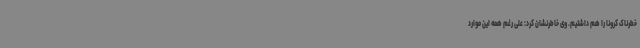
خطرناک کرونا را هم داشتیم. وی خاطرنشان کرد: علی رغم همه این موارد